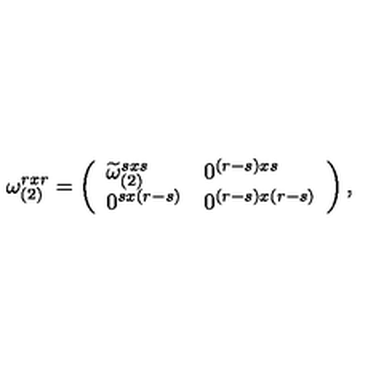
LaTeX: \omega _ { ( 2 ) } ^ { r x r } = \left( \begin{array} { l l } { \widetilde { \omega } _ { ( 2 ) } ^ { s x s } } &